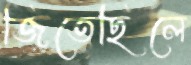
জিতেছিলে